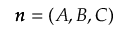
\pmb { n } = ( A , B , C )